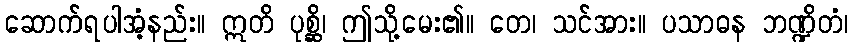
ဆောက်ရပါအံ့နည်း။ ဣတိ ပုစ္ဆိ၊ ဤသို့မေး၏။ တေ၊ သင်အား။ ပသာဓန ဘဏ္ဍိတံ၊